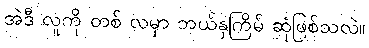
အဲဒီ လူကို တစ် လမှာ ဘယ်နှကြိမ် ဆုံဖြစ်သလဲ။